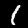
Label: 1